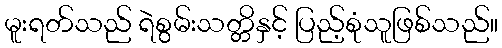
မူးရတ်သည် ရဲစွမ်းသတ္တိနှင့် ပြည့်စုံသူဖြစ်သည်။